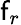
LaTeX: \mathsf{f}_{r}